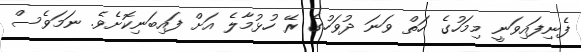
ފެނިފައިވަނީ މިމަހުގެ ހަތް ވަނަ ދުވަހުގެ ރޭ ހުޅުމާލެ އަށް ފައިބަނިކޮށެވެ. ނަމަވެސް